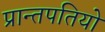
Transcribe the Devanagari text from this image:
प्रान्तपतियो